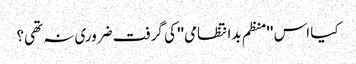
کیا اس ''منظم بدانتظامی'' کی گرفت ضروری نہ تھی؟